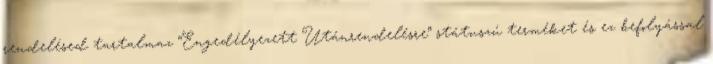
rendelésed tartalmaz “Engedélyezett Utánrendelésre” státuszú terméket és ez befolyással